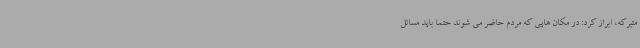
متبرکه، ابراز کرد: در مکان هایی که مردم حاضر می شوند حتما باید مسائل